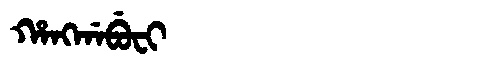
Manchu: ᡥᠠᠩᡤᠠᠪᡠᠸᡳ
Romanization: HANGGABUFI